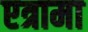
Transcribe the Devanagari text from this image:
एत्रामा